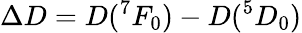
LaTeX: \Delta D=D({}^{7}F_{0})-D({}^{5}D_{0})